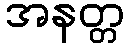
အနတ္တ